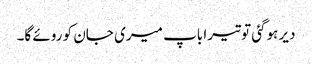
دیر ہوگئی تو تیرا باپ میری جان کو روئے گا۔